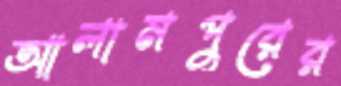
আলামপুরের